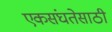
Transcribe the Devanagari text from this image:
एकसंघतेसाठी